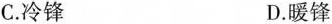
C.冷锋 D.暖锋